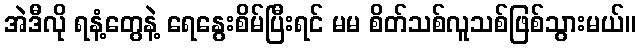
အဲဒီလို ရနံ့တွေနဲ့ ရေနွေးစိမ်ပြီးရင် မမ စိတ်သစ်လူသစ်ဖြစ်သွားမယ်။